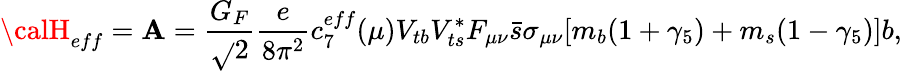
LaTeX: {\calH}_{eff}={\cal\mathbf{A}}=\displaystyle\frac{{G_{F}}}{{\sqrt{}{{2}}}}\displaystyle\frac{{e}}{{8\pi^{2}}}c_{7}^{eff}(\mu)V_{tb}V_{ts}^{*}F_{\mu\nu}\bar{{s}}\sigma_{\mu\nu}[m_{b}(1+\gamma_{5})+m_{s}(1-\gamma_{5})]b,